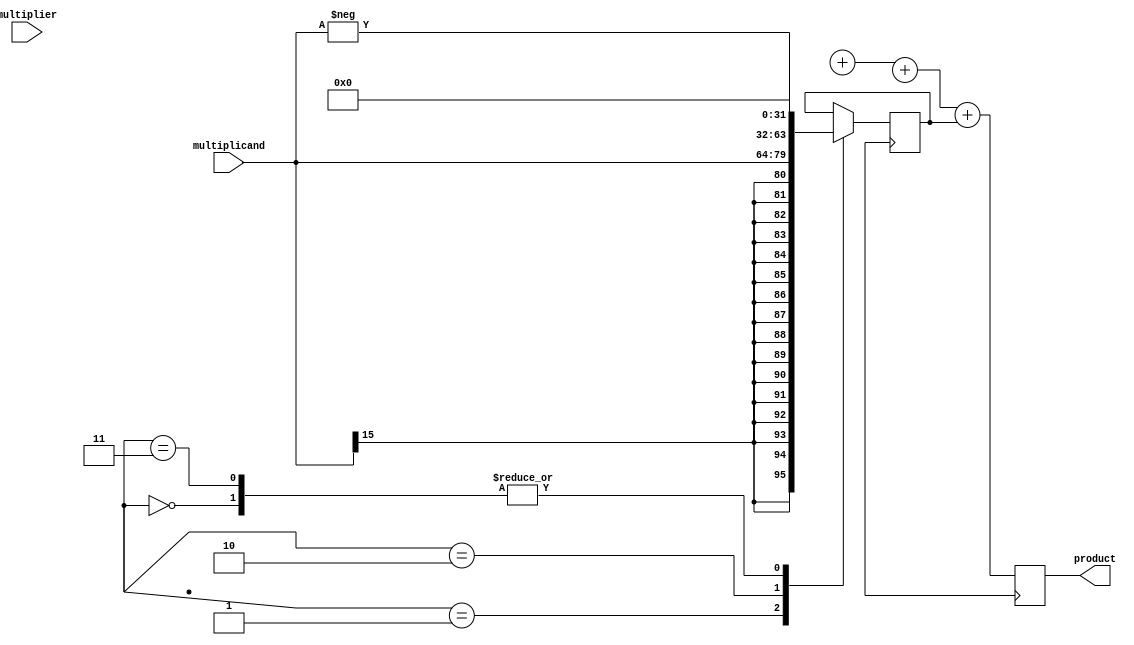
module BoothMultiplier (
    input wire signed [15:0] multiplicand,
    input wire signed [15:0] multiplier,
    output reg signed [31:0] product
);

reg signed [31:0] partial_sum [3:0];

reg [1:0] product_reg;
reg [1:0] multiplier_reg;

always @ (posedge clk) begin
    // Partial product calculation using Booth encoding
    case ({product_reg, multiplier_reg})
        2'b00: partial_sum[0] <= 32'b0;
        2'b01: partial_sum[0] <= multiplicand << 0;
        2'b10: partial_sum[0] <= -multiplicand << 0;
        2'b11: partial_sum[0] <= 32'b0;
    endcase

    // Add the partial sums to generate the final product
    product <= partial_sum[3] + partial_sum[2] + partial_sum[1] + partial_sum[0];
end

endmodule